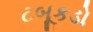
ટબૂકડો